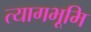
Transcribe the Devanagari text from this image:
त्यागभूमि